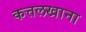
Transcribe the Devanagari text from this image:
कत्तलखाना